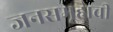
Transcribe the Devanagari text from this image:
जनसमूहाची